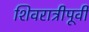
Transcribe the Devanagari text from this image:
शिवरात्रीपूर्वी